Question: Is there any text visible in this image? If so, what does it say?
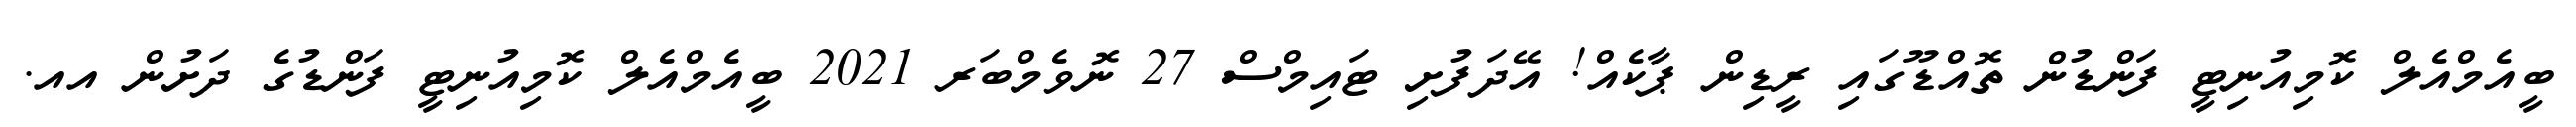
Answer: ބީއެމްއެލް ކޮމިއުނިޓީ ފަންޑުން ތޮއްޑޫގައި ރީޑިން ޕާކެއް! އޭދަފުށި ޓައިމްސް 27 ނޮވެމްބަރ 2021 ބީއެމްއެލް ކޮމިއުނިޓީ ފަންޑުގެ ދަށުން އއ.